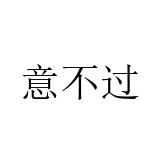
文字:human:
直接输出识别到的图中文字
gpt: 意不过